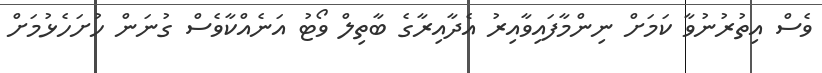
ވެސް އިތުރުނުވާ ކަމަށް ނިންމާފައިވާއިރު އެދާއިރާގެ ބާތިލް ވޯޓު އަނެއްކާވެސް ގުނަން ހުށަހެޅުމަށް